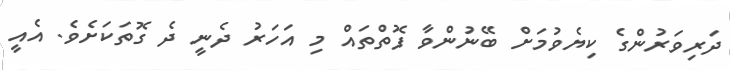
ދަރިވަރުންގެ ކިޔެވުމަށް ބޭނުންވާ ފޮތްތައް މި އަހަރު ދެނީ ދެ ގޮތަކަށެވެ. އެއީ